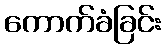
ကောက်ခံခြင်း